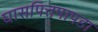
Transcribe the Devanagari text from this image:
घासपित्तपापडा